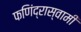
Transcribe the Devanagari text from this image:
फणिंद्रास्वामी